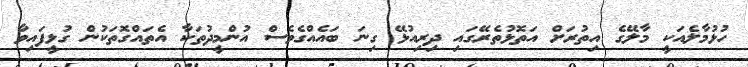
ހުޅުމާލެއަކީ މާލޭގެ އިތުރަށް އަތޮޅުތެރޭގައި ދިރިއުޅޭ ގިނަ ބައެއްގެވެސް އުންމީދުތަކާ އެތައްގޮތަކުން ގުޅީފައިވާ